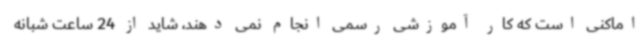
اماکنی است که کار آموزشی رسمی انجام نمی دهند، شاید از 24 ساعت شبانه